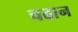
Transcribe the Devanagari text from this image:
चढान